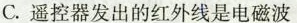
C. 遥控器发出的红外线是电磁波